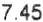
7.45